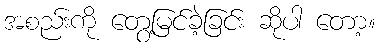
အစည်းကို တွေ့မြင်ခဲ့ခြင်း ဆိုပါ တော့။